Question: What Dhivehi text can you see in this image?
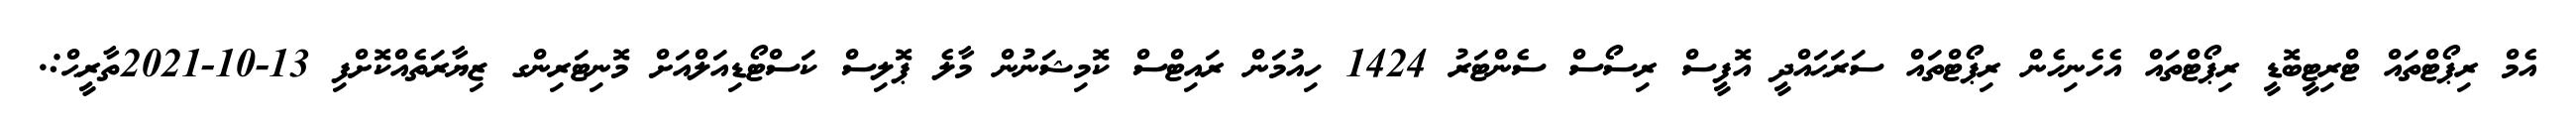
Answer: އެމް ރިޕޯޓްތައް ޓްރިޓީބޮޑީ ރިޕޯޓްތައް އެހެނިހެން ރިޕޯޓްތައް ސަރަޙައްދީ އޮފީސް ރިސޯސް ސެންޓަރު 1424 ހިއުމަން ރައިޓްސް ކޮމިޝަނުން މާލެ ޕޮލިސް ކަސްޓޯޑިއަލްއަށް މޮނިޓަރިންގ ޒިޔާރަތެއްކޮށްފި 13-10-2021ތާރީޙް:.